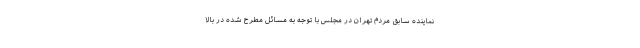
نماینده سابق مردم تهران در مجلس با توجه به مسائل مطرح شده در بالا